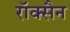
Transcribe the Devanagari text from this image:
रॉक्सैन